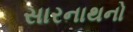
સારનાથનો